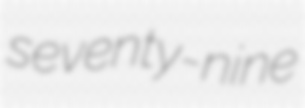
seventy-nine